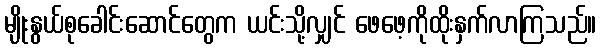
မျိုးနွယ်စုခေါင်းဆောင်တွေက ယင်းသို့လျှင် ဖေဖေ့ကိုထိုးနှက်လာကြသည်။